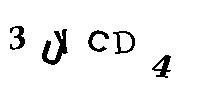
3UVCD4